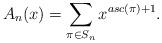
LaTeX: \begin{align*} A_{n}(x)=\sum_{\pi \in S_{n}}x^{asc(\pi)+1}.\end{align*}